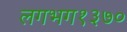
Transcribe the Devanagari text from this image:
लगभग१३७०